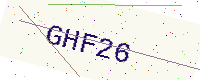
Text: GHF26